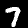
Digit: 7